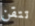
تتقن